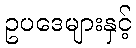
ဥပဒေများနှင့်